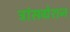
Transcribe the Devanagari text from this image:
ट्रांसग्रेशन